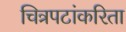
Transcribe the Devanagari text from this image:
चित्रपटांकरिता